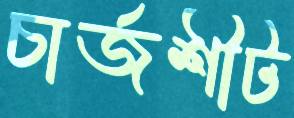
চার্জশীট